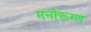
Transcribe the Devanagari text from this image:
मनोरूग्ण